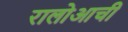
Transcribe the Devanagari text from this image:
रालोआची